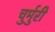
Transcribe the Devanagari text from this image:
चुर्मुरी